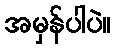
အမှန်ပါပဲ။